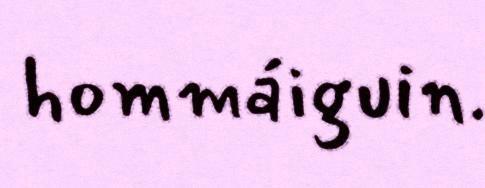
hommáiguin.